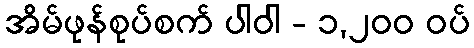
အိမ်ဖုန်စုပ်စက် ပါဝါ - ၁,၂၀၀ ဝပ်